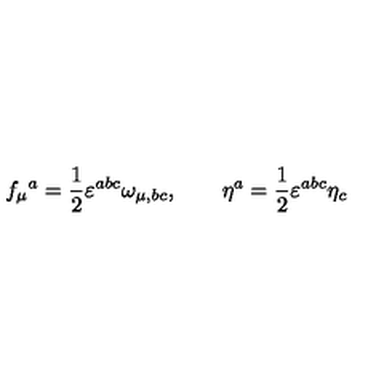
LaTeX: f _ { \mu } { } ^ { a } = \frac { 1 } { 2 } \varepsilon ^ { a b c } \omega _ { \mu , b c } , \qquad \eta ^ { a } = \frac { 1 } { 2 } \varepsilon ^ { a b c } \eta _ { c }